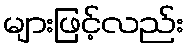
များဖြင့်လည်း